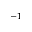
^ { - 1 }